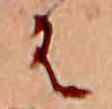
は